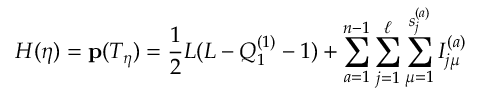
H ( \eta ) = { \bf p } ( T _ { \eta } ) = { \frac { 1 } { 2 } } L ( L - Q _ { 1 } ^ { ( 1 ) } - 1 ) + \sum _ { a = 1 } ^ { n - 1 } \sum _ { j = 1 } ^ { \ell } \sum _ { \mu = 1 } ^ { s _ { j } ^ { ( a ) } } I _ { j \mu } ^ { ( a ) }